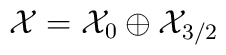
{\cal X} =   {\cal X}_0\oplus {\cal X}_{3/2}